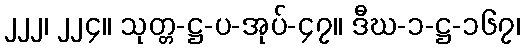
၂၂၂၊ ၂၂၄။ သုတ္တ-ဋ္ဌ-ပ-အုပ်-၄၇။ ဒီဃ-၁-ဋ္ဌ-၁၆၇၊